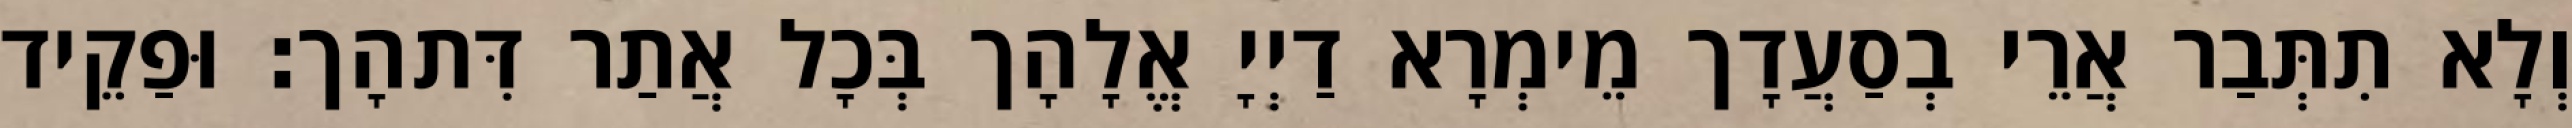
וְלָא תִתְּבַר אֲרֵי בְסַעֲדָך מֵימְרָא דַיְיָ אֱלָהָך בְּכָל אֲתַר דִּתהָך׃ וּפַקֵיד